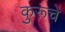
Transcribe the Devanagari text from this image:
कुरूंचे